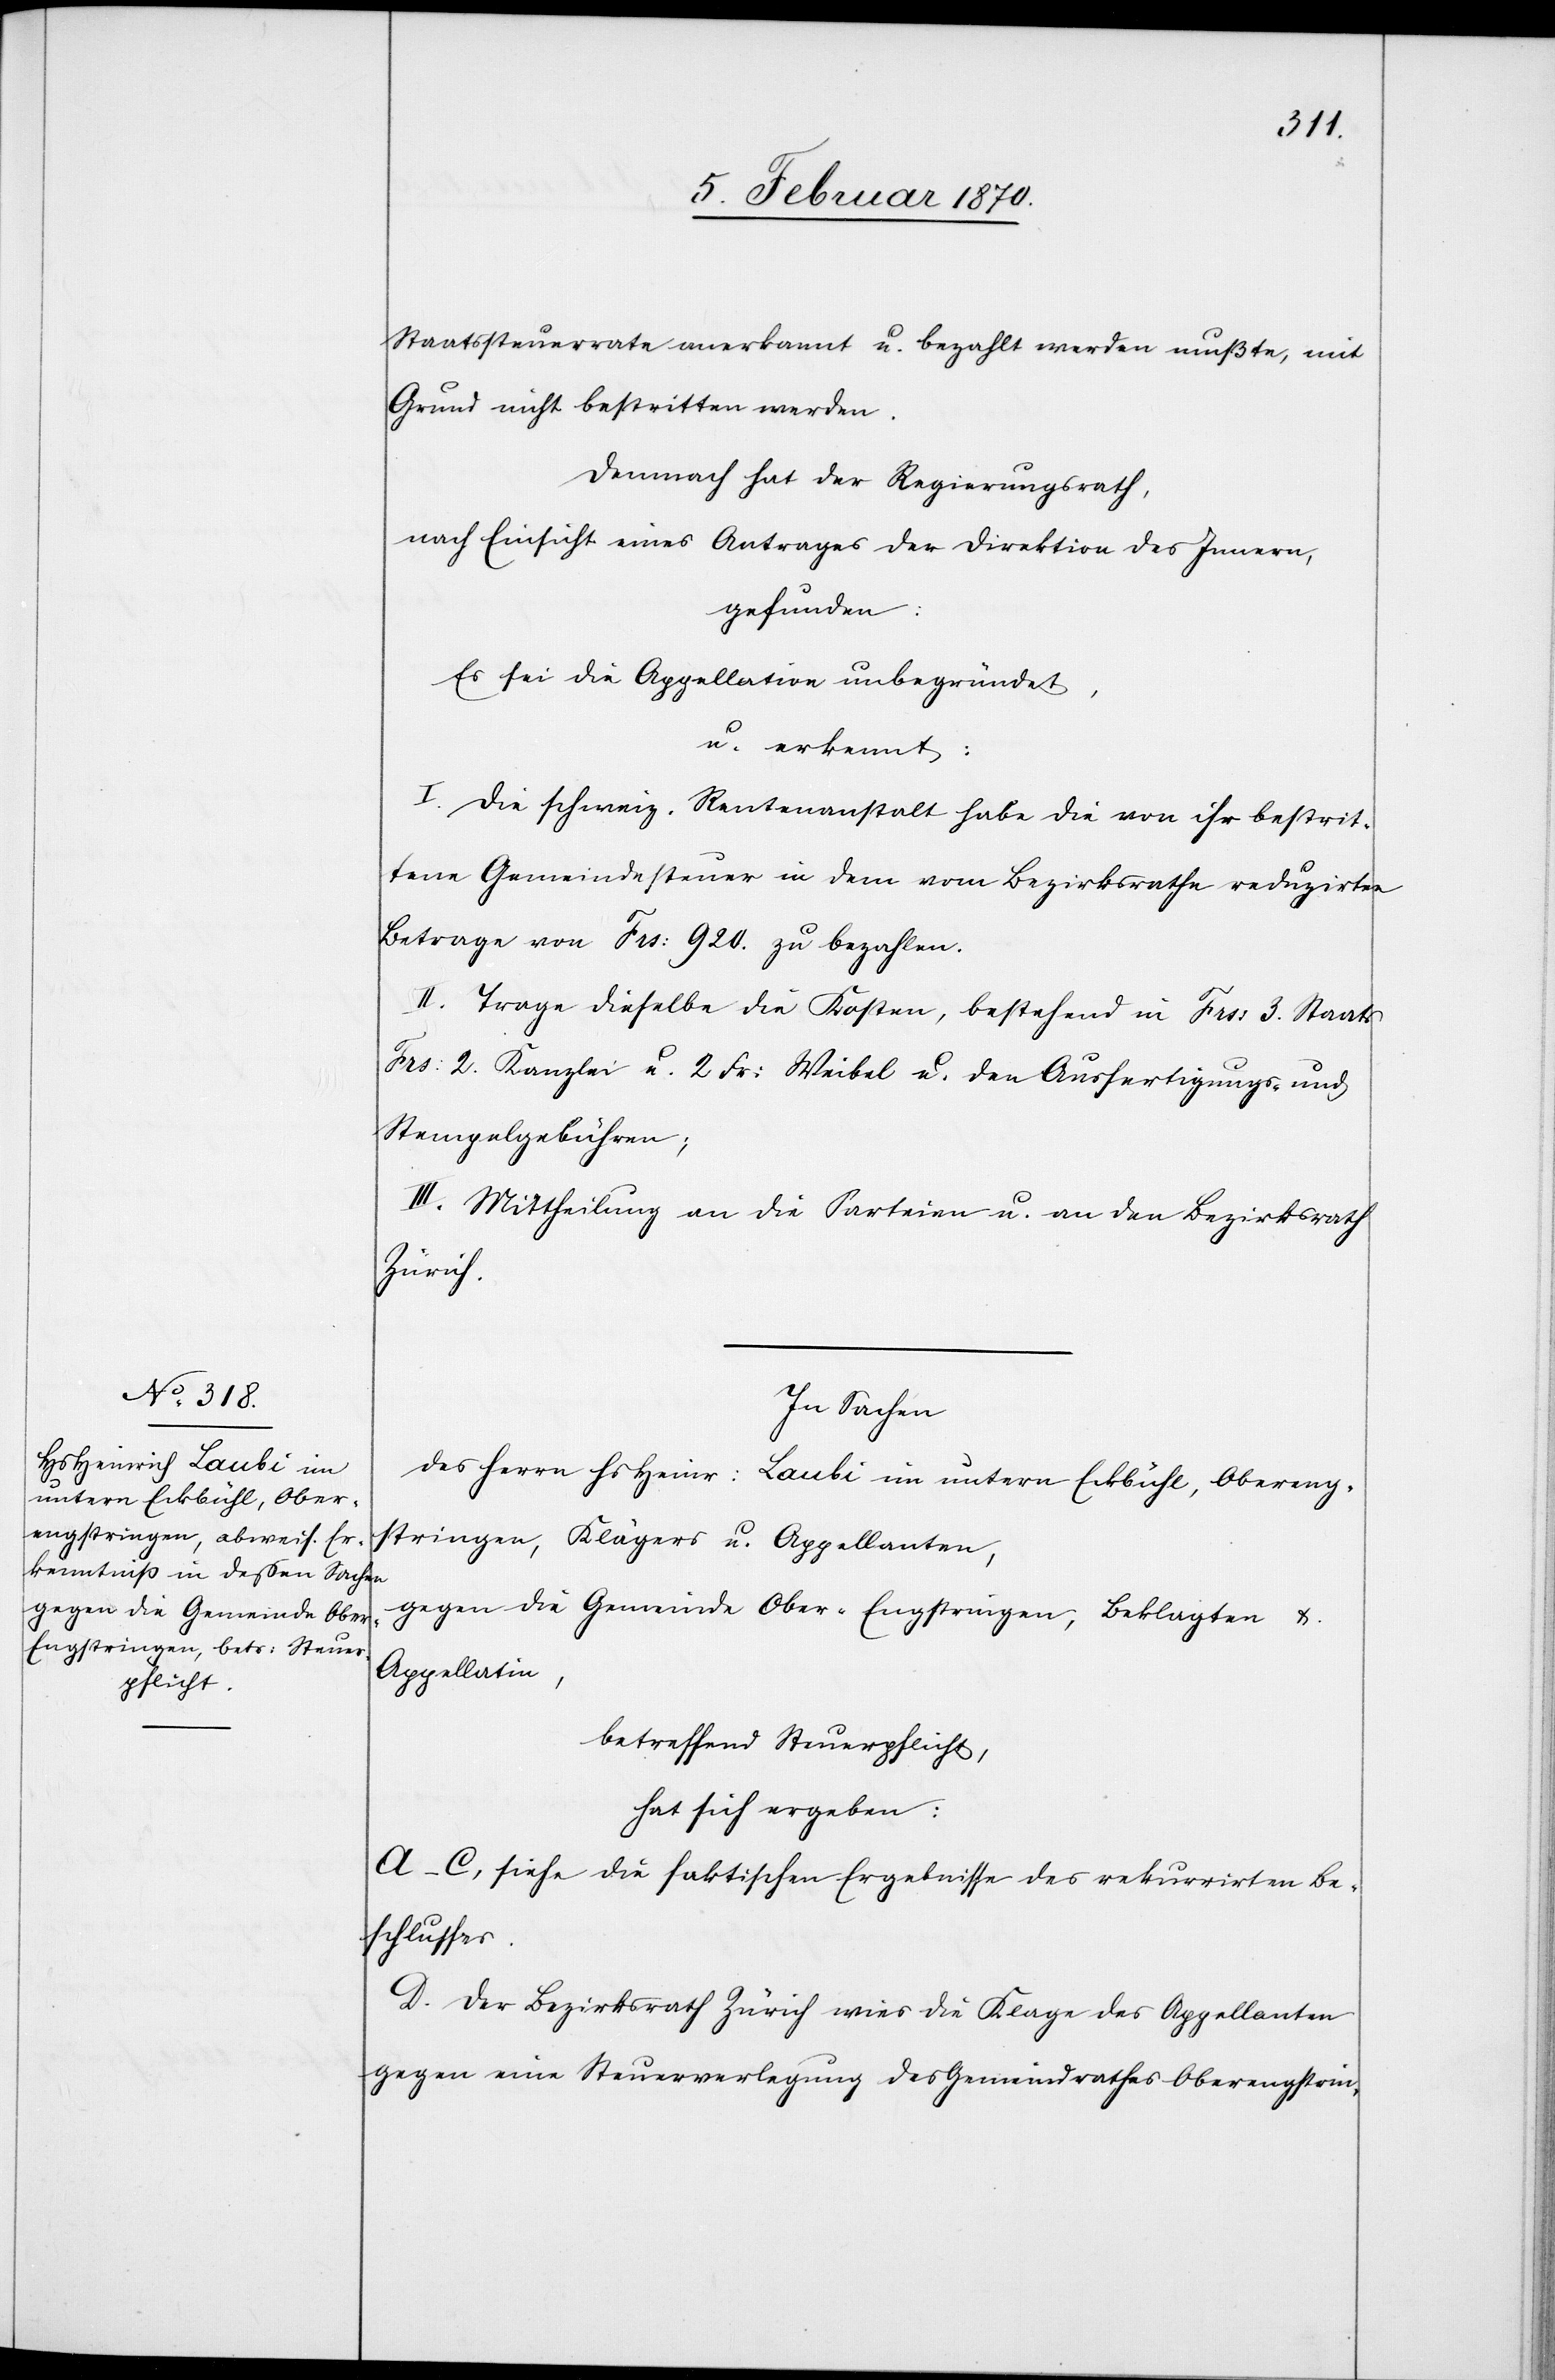
Staatssteuerrate anerkannt u. bezahlt werden mußte, mit
Grund nicht bestritten werden.
Demnach hat der Regierungsrath,
nach Einsicht eines Antrages Direktion des Innern,
gefunden:
Es sei die Appellation unbegründet,
u. erkennt:
I. Die schweiz. Rentenanstalt habe die von ihr bestrit¬
tene Gemeindesteuer in dem vom Bezirksrathe reduzirten
Betrage von Frs: 920. zu bezahlen.
II. Trage dieselbe die Kosten, bestehend in Frs: 3. Staats[-]
Frs: 2. Kanzlei[-] u. 2 Fr: Weibel[ ] u. den Ausfertigungs- und
Stempelgebühren;
III. Mittheilung an die Parteien u. an den Bezirksrath
Zürich.
In Sachen
des Herrn Hs Heinr: Laubi im untern Eckbühl, Obereng¬
stringen, Klägers u. Appellanten,
gegen die Gemeinde Ober-Engstringen, Beklagten &
Appellatin,
betreffend Steuerpflicht,
hat sich ergeben:
A–C, siehe die faktischen Ergebnisse des rekurrirten Be¬
schlusses.
D. Der Bezirksrath Zürich wies die Klage des Appellanten
gegen eine Steuerverlegung des Gemeindrathes Oberengstrin-